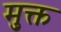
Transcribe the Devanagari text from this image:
मु़क्त